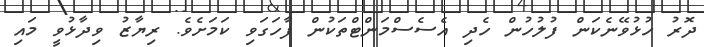
ދޮރު ހުޅުވޭނެކަން ފުލުހުން ހެދި އެސެސްމަންޓްތަކުން ފާހަގަވި ކަމަށެވެ. ރިޔާޒު ވިދާޅުވީ މައި